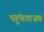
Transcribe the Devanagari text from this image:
पहुंचताजब